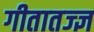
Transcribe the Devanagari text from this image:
गीतातज्ज्ञ